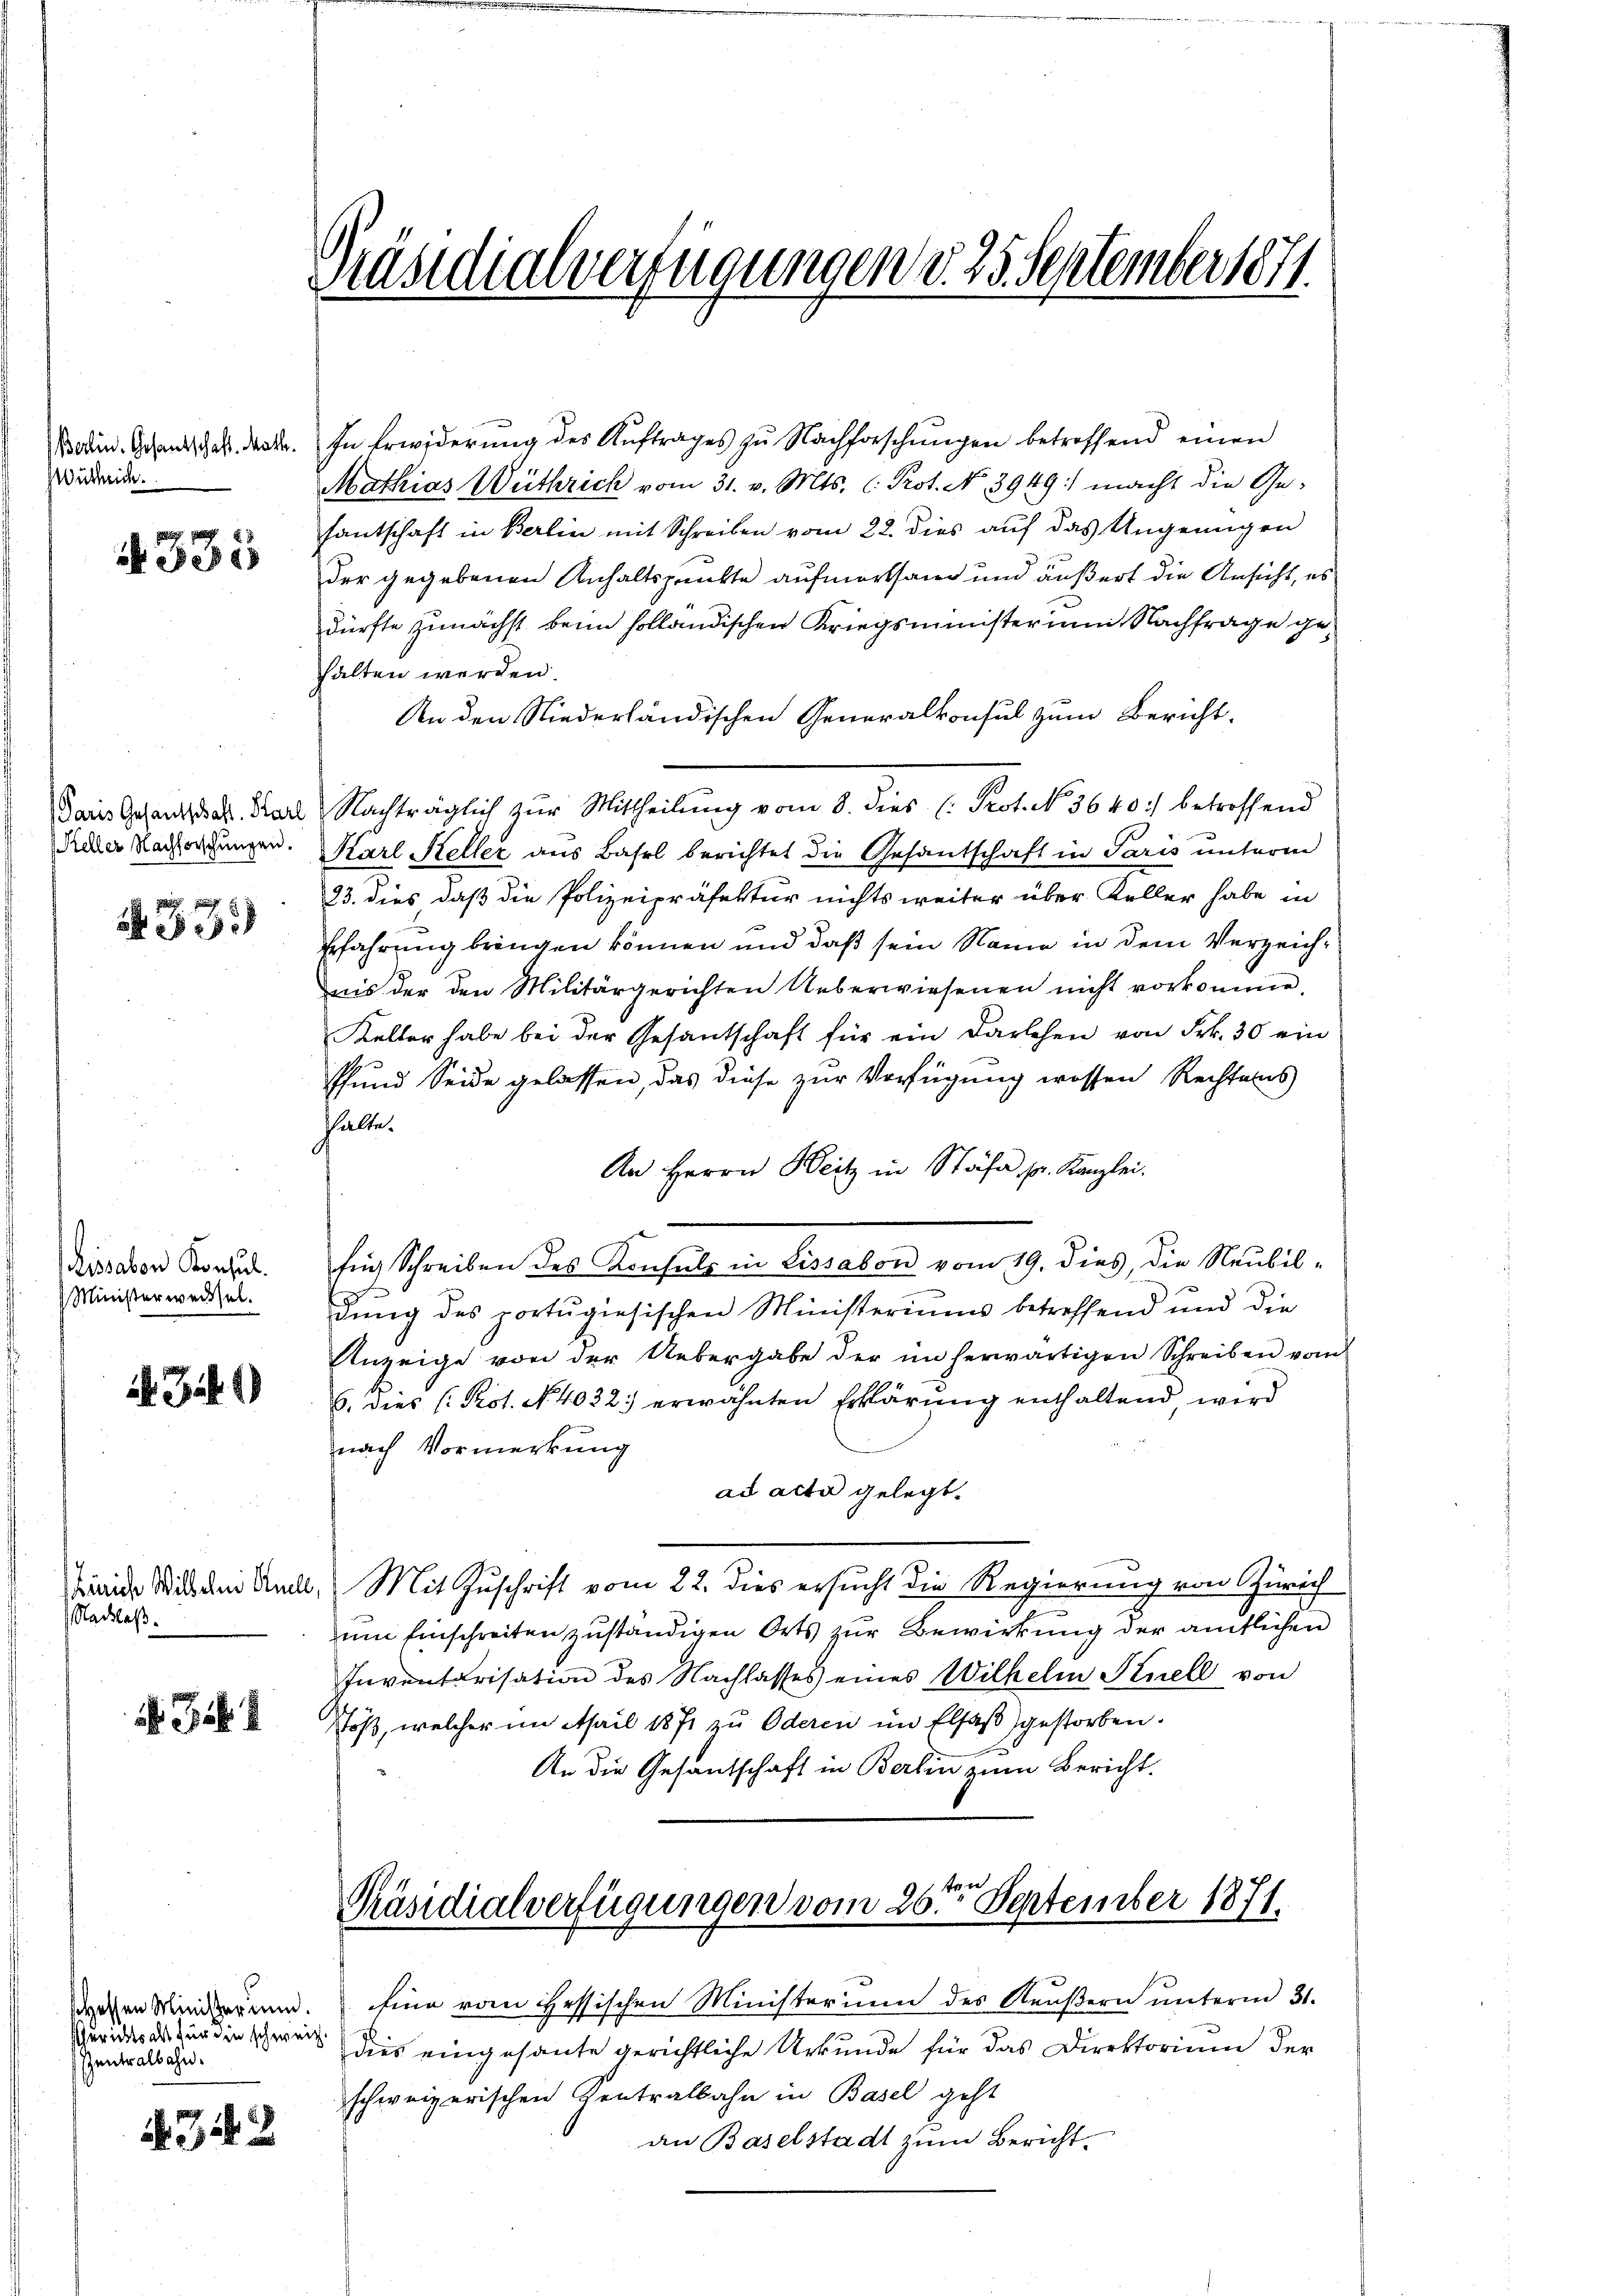
Wüthei

4335

Paris Gesandtschaft. Karl
Keller Nachforschungen.

33

Lissabon Konsul
Ministerweissel.

. Zif. 1

Nachlaß.

1. Feb. 1

schossen Ministerium.
Gerichtsalt für die schweiz.
entralbahn.

431. 2.

Borden. Gesandschaft. Decbr. In Erwiderŭng des Aŭftrages zu Nachforschŭngen betreffend einen
Mathias Wüthrich vom 31. v. Mts. (: Prot. No 3949: macht die Ge-
fantschaft in Berlin mit Schreiben vom 22. dies auf das Ungenügen
der gegebenen Anhaltspunkte aufmerksam und äußert die Ansicht, es
dürfte zunächst beim holländischen Kriegsministerium Nachfrage gehhalten werden.
An den Niederländischen Generalkonsul zum Bericht¬
 Nachträglich zur Mittheilŭng vom 8. dies C. Prot. N. 5640. betreffend
Karl Keller aus Basel berichtet die Gesantschaft in Paris unterm
23. dies daß die Polizeipräfektur nichts weiter über Keller habe in
Erfahrung bringen können und daß sein Name in dem Verzeichais der den Militärgerichten Ueberwiesenen nicht vorkomme.
Keller habe bei der Gesantschaft für ein Darlehen von Frk. 30 ein
Pfund Seide gelassen, das diese zur Verfügung wessen Rechtens
hhalte.
An Herrn Beitz in Stäfa pr. Kanzlei.
fig Schreiben des Konsŭlp in Lissabon vom 19. dies, die Neubil-
dung des portugisischen Ministeriums betreffend und die
Anzeige von der Uebergabe der im herwärtigen Schreiben vom
6. dies (Pot. No. 4032 erwähnten Erklärung enthaltend wird
nach Vormerkung
ad acta gelegt.
binie Wild dei Kell. Mit Zuschrift vom 22. dies ersucht die Regierung von Zürich
zum Einschreiten zuständigen Orts zur Bewirkung der amtlichen
Inventarisation des Nachlasses eines Wilhelm Snell von
Toß, welcher im April 1871 zu Oderen im Elsaß gestorben.
An die Gesantschaft in Berlin zum Bericht.

Präsidialverfügungen d. 25. September 1871.

Präsidialverfügungen vom 26ten September 1871.

Eine von Hessischen Ministerium des Aeußern unterm 31.
dies eingesante gerichtliche Urkunde für das Direktorium der
schweizerischen Kentralbahn in Basel geht
an Baselstadt zum Bericht.